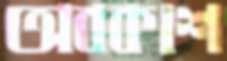
অবকাশ